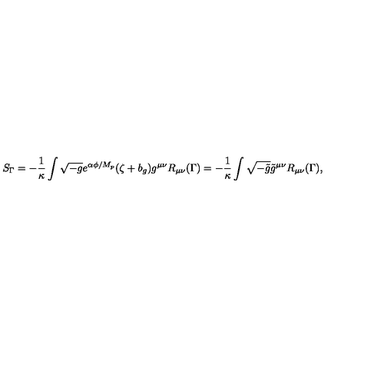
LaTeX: S _ { \Gamma } = - \frac { 1 } { \kappa } \int \sqrt { - g } e ^ { \alpha \phi / M _ { p } } ( \zeta + b _ { g } ) g ^ { \mu \nu } R _ { \mu \nu } ( \Gamma ) = - \frac { 1 } { \kappa } \int \sqrt { - \tilde { g } } \tilde { g } ^ { \mu \nu } R _ { \mu \nu } ( \Gamma ) ,